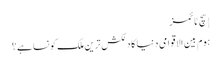
| سچ ٹائمز
ہوم بین الاقوامی دنیا کا دلکش ترین ملک کونسا ہے؟